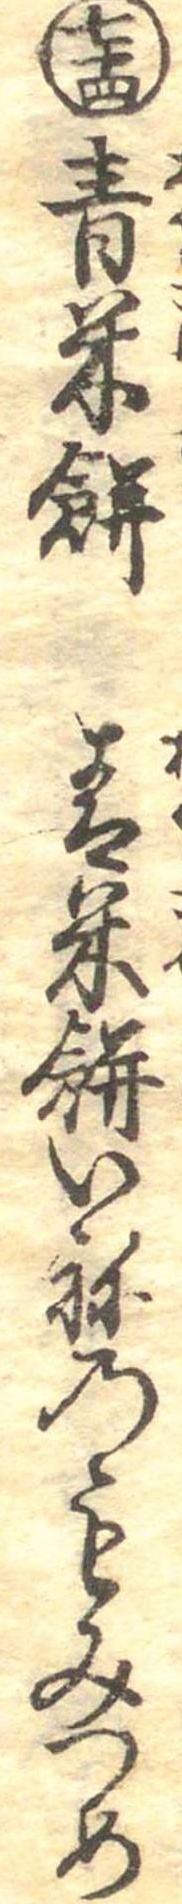
七十四青米餅青米餅いねのもみつめ